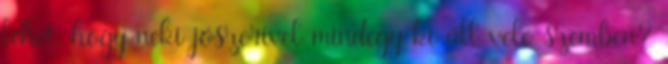
lehet, hogy neki jószerivel mindegy ki áll vele szemben?